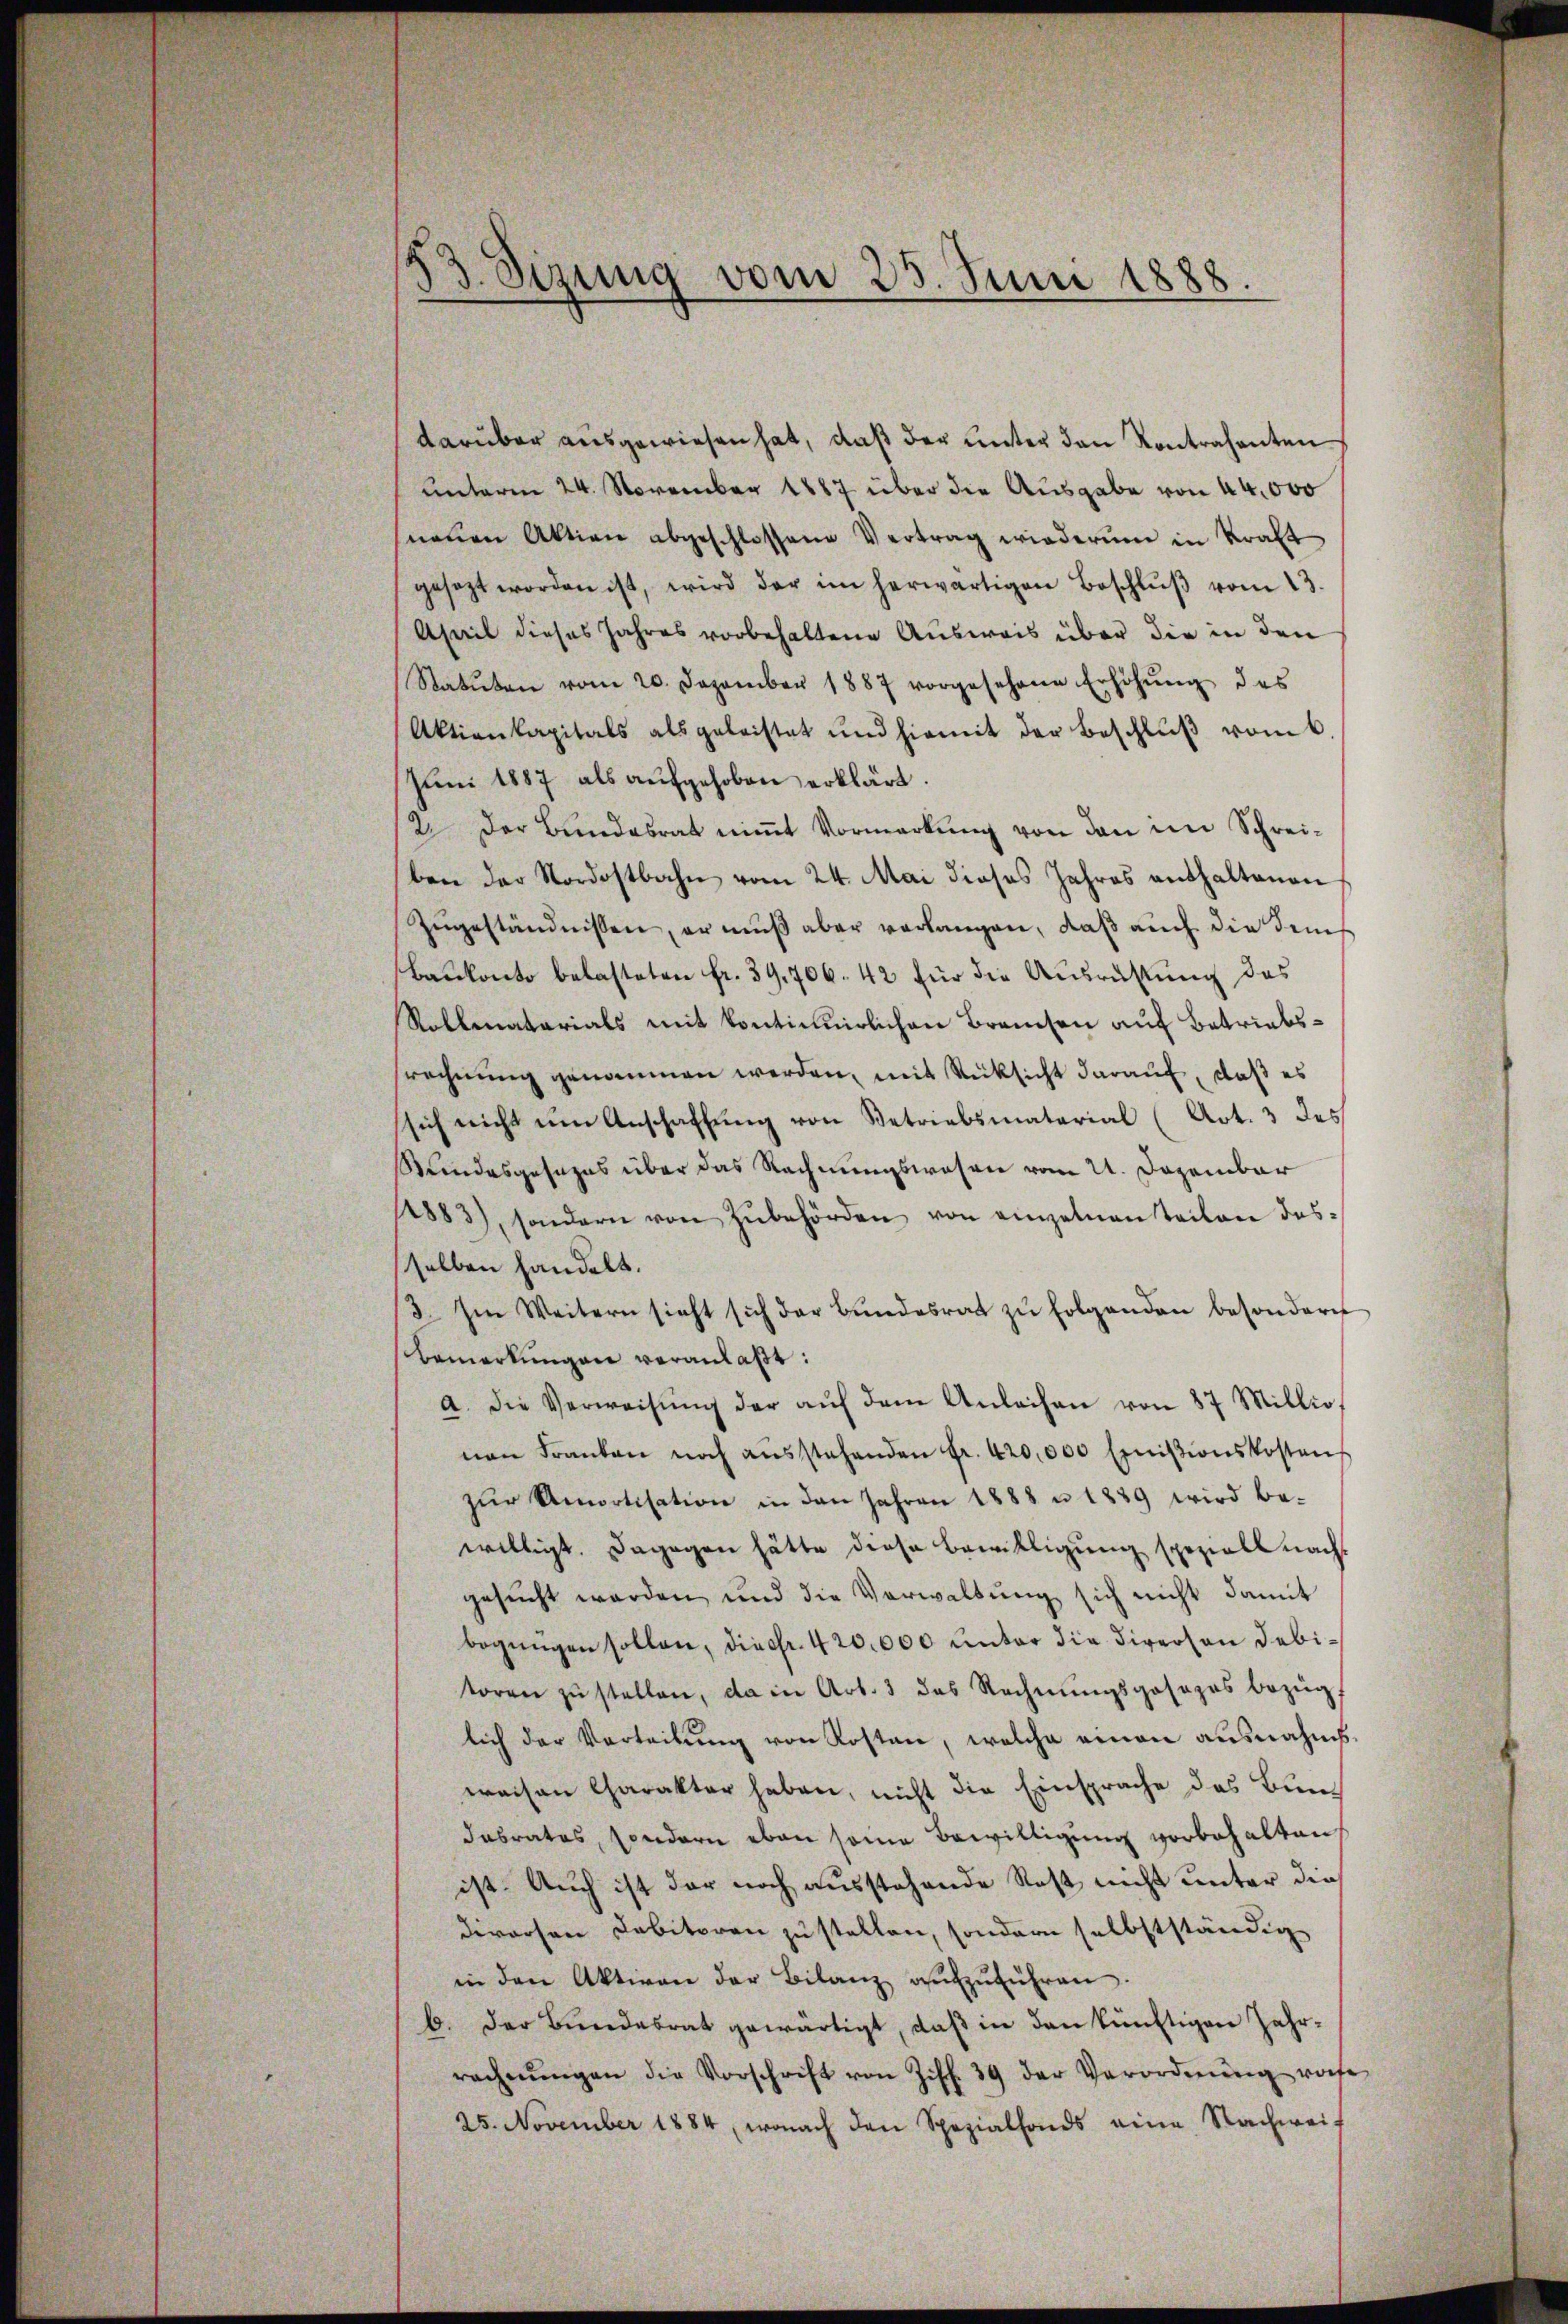
53. Sizung vom 25. Juni 1888.

darüber ausgewiesen hat, daß der unter den Kontrahenten
unterm 24. November 1887 über die Ausgabe von 44,000
snenen Aktion abgeschlossene Vertrag wiederum in Kraft
gesezt worden ist, wird der im herwärtigen Beschlŭβ vom 13.
Aseil dieses Jahres vorbehaltene Ausweis über die in den
Statuten vom 20. Dezember 1887 vorgesehene Erhöhŭng des
Aktienkapitals als geleistet und hiemit der Beschlŭβ vom 6
Juni 1887 als aŭfgehoben erklärt.
2. Der Bundesrat niṁt Vormerkŭng von den im Schrei-
ben der Nordostbahn vom 24. Mai dieses Jahres enthaltenen
Zugeständnissen, er muß aber verlangen, daß auch die dem
Baukonto belasteten fr. 39, 706. 42 für die Ausrüstung des
Rollmatarials mit kontinuirlichen Branchen auf Betriebssrechnung genommen werden, mit Rücksicht darauf, daß es
sich nicht um Anschaffung von Betriebsmaterial (Art. 3 des
Kundesgesezes über das Rechnungswesen vom 21. Dezember
4883), sondern von zŭbehörden von einzelnen teilen des
selben handelt.
3. Im Weitern sieht sich der Bŭndesrat zŭ folgenden besondern
Bemerkungen veranlaßt:
a. Die Verweisŭng der aŭf dem Anleihen von 87 Millio
nen Franken noch aŭsstehenden Fr. 420,000 Einitionskosten
zŭr Amortisation in den Jahren 1888 u. 1889 wird be-
willigt. Dagegen hätte diese Bewilligung speziell nachgesucht werden, und die Verwaltung sich nicht damit
begnügen sollen, diesfr. 420.000 unter die Diverson debitoren zŭ stellen, da in Art. 3 das Rechnŭngsposozos bezüg-
lich der Verleitŭng von Kosten, welche einen ausnahms.
waisen Charakter haben, nicht die Einsprache des Bundabrates, sondern eben seine Bewilligung vorbehalten,
ist. Auch ist der noch ausstehende Rest nicht unter die
diversen Debitoren zu stellen, sondern selbstständig
in den Aktiven der Bilanz aŭfzŭführen.
b. Der Bundesrat gewärtigt, daß in den künftigen Jahr-
rechnŭngen die Vorschrift von Ziff. 39 der Verordnung rohe
25. November 1884, wonach den Spezialfonds eine Nachwei-